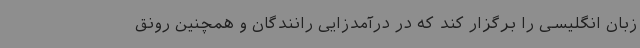
زبان انگلیسی را برگزار کند که در درآمدزایی رانندگان و همچنین رونق